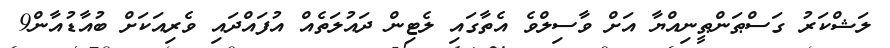
ލަޝްކަރު ގަސްޠަންޠީނިއްޔާ އަށް ވާސިލްވެ އެތާގައި ލެޓިން ދައުލަތެއް އުފައްދައި ވެރިއަކަށް ބުއާޑުއާން9